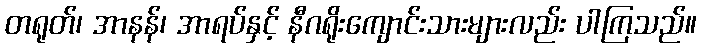
တရုတ်၊ အာနန်၊ အာရပ်နှင့် နီဂရိုးကျောင်းသားများလည်း ပါကြသည်။